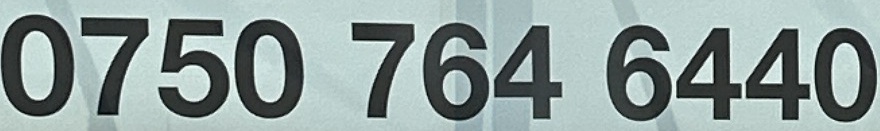
0750 764 6440